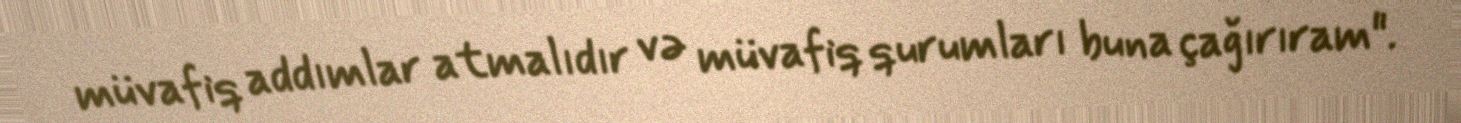
müvafiq addımlar atmalıdır və müvafiq qurumları buna çağırıram".